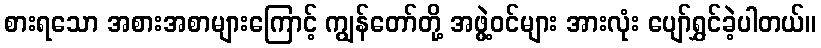
စားရသော အစားအစာများကြောင့် ကျွန်တော်တို့ အဖွဲ့ဝင်များ အားလုံး ပျော်ရွှင်ခဲ့ပါတယ်။